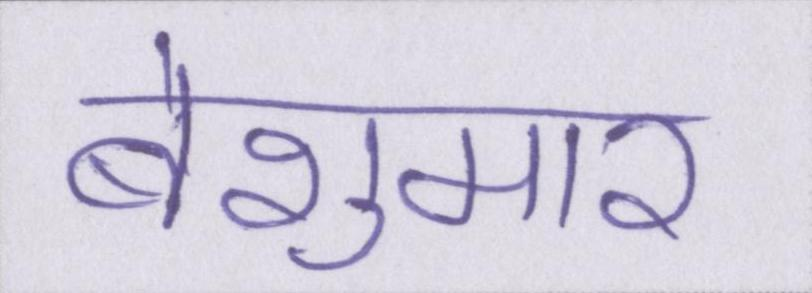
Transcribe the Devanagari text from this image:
बेशुमार